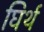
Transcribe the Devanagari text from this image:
घिर्थ